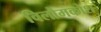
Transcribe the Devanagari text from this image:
विलोमकोश